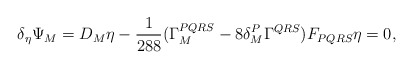
\begin{align*}\delta_{\eta} \Psi_{M} = D_{M} \eta - \frac{1}{288} (\Gamma_{M}^{PQRS} - 8 \delta^{P}_{M} \Gamma^{QRS} ) F_{PQRS} \eta = 0,\end{align*}